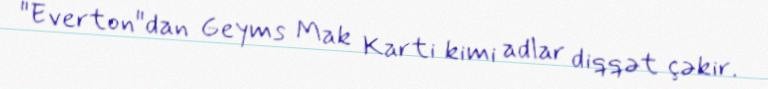
"Everton"dan Geyms Mak Karti kimi adlar diqqət çəkir.